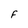
Character: F